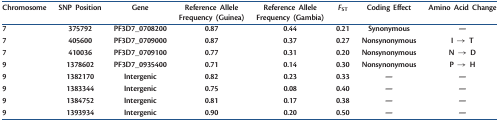
<table><thead><tr><td><b>Chromosome</b></td><td><b>SNP Position</b></td><td><b>Gene</b></td><td><b>Reference Allele Frequency (Guinea)</b></td><td><b>Reference Allele Frequency (Gambia)</b></td><td><b><i>F</i><sub>ST</sub></b></td><td><b>Coding Effect</b></td><td><b>Amino Acid Change</b></td></tr></thead><tbody><tr><td>7</td><td>375792</td><td>PF3D7_0708200</td><td>0.87</td><td>0.44</td><td>0.21</td><td>Synonymous</td><td>—</td></tr><tr><td>7</td><td>405600</td><td>PF3D7_0709000</td><td>0.87</td><td>0.37</td><td>0.27</td><td>Nonsynonymous</td><td>I → T</td></tr><tr><td>7</td><td>410036</td><td>PF3D7_0709100</td><td>0.77</td><td>0.31</td><td>0.20</td><td>Nonsynonymous</td><td>N → D</td></tr><tr><td>9</td><td>1378602</td><td>PF3D7_0935400</td><td>0.71</td><td>0.14</td><td>0.30</td><td>Nonsynonymous</td><td>P → H</td></tr><tr><td>9</td><td>1382170</td><td>Intergenic</td><td>0.82</td><td>0.23</td><td>0.33</td><td>—</td><td>—</td></tr><tr><td>9</td><td>1383344</td><td>Intergenic</td><td>0.75</td><td>0.08</td><td>0.40</td><td>—</td><td>—</td></tr><tr><td>9</td><td>1384752</td><td>Intergenic</td><td>0.81</td><td>0.17</td><td>0.38</td><td>—</td><td>—</td></tr><tr><td>9</td><td>1393934</td><td>Intergenic</td><td>0.90</td><td>0.20</td><td>0.50</td><td>—</td><td>—</td></tr></tbody></table>